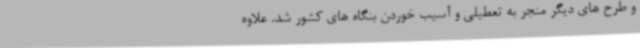
و طرح های دیگر منجر به تعطیلی و آسیب خوردن بنگاه های کشور شد. علاوه